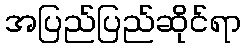
အပြည်ပြည်ဆိုင်ရာ